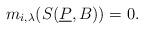
LaTeX: \begin{align*}m_{i,\lambda}(S(\underline{P},B)) = 0.\end{align*}